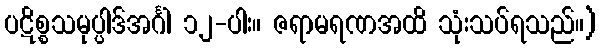
ပဋိစ္စသမုပ္ပါဒ်အင်္ဂါ ၁၂-ပါး။ ဇရာမရဏအထိ သုံးသပ်ရသည်။)